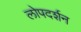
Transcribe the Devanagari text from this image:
लोपदर्शन